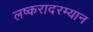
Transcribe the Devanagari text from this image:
लष्करादरम्यान